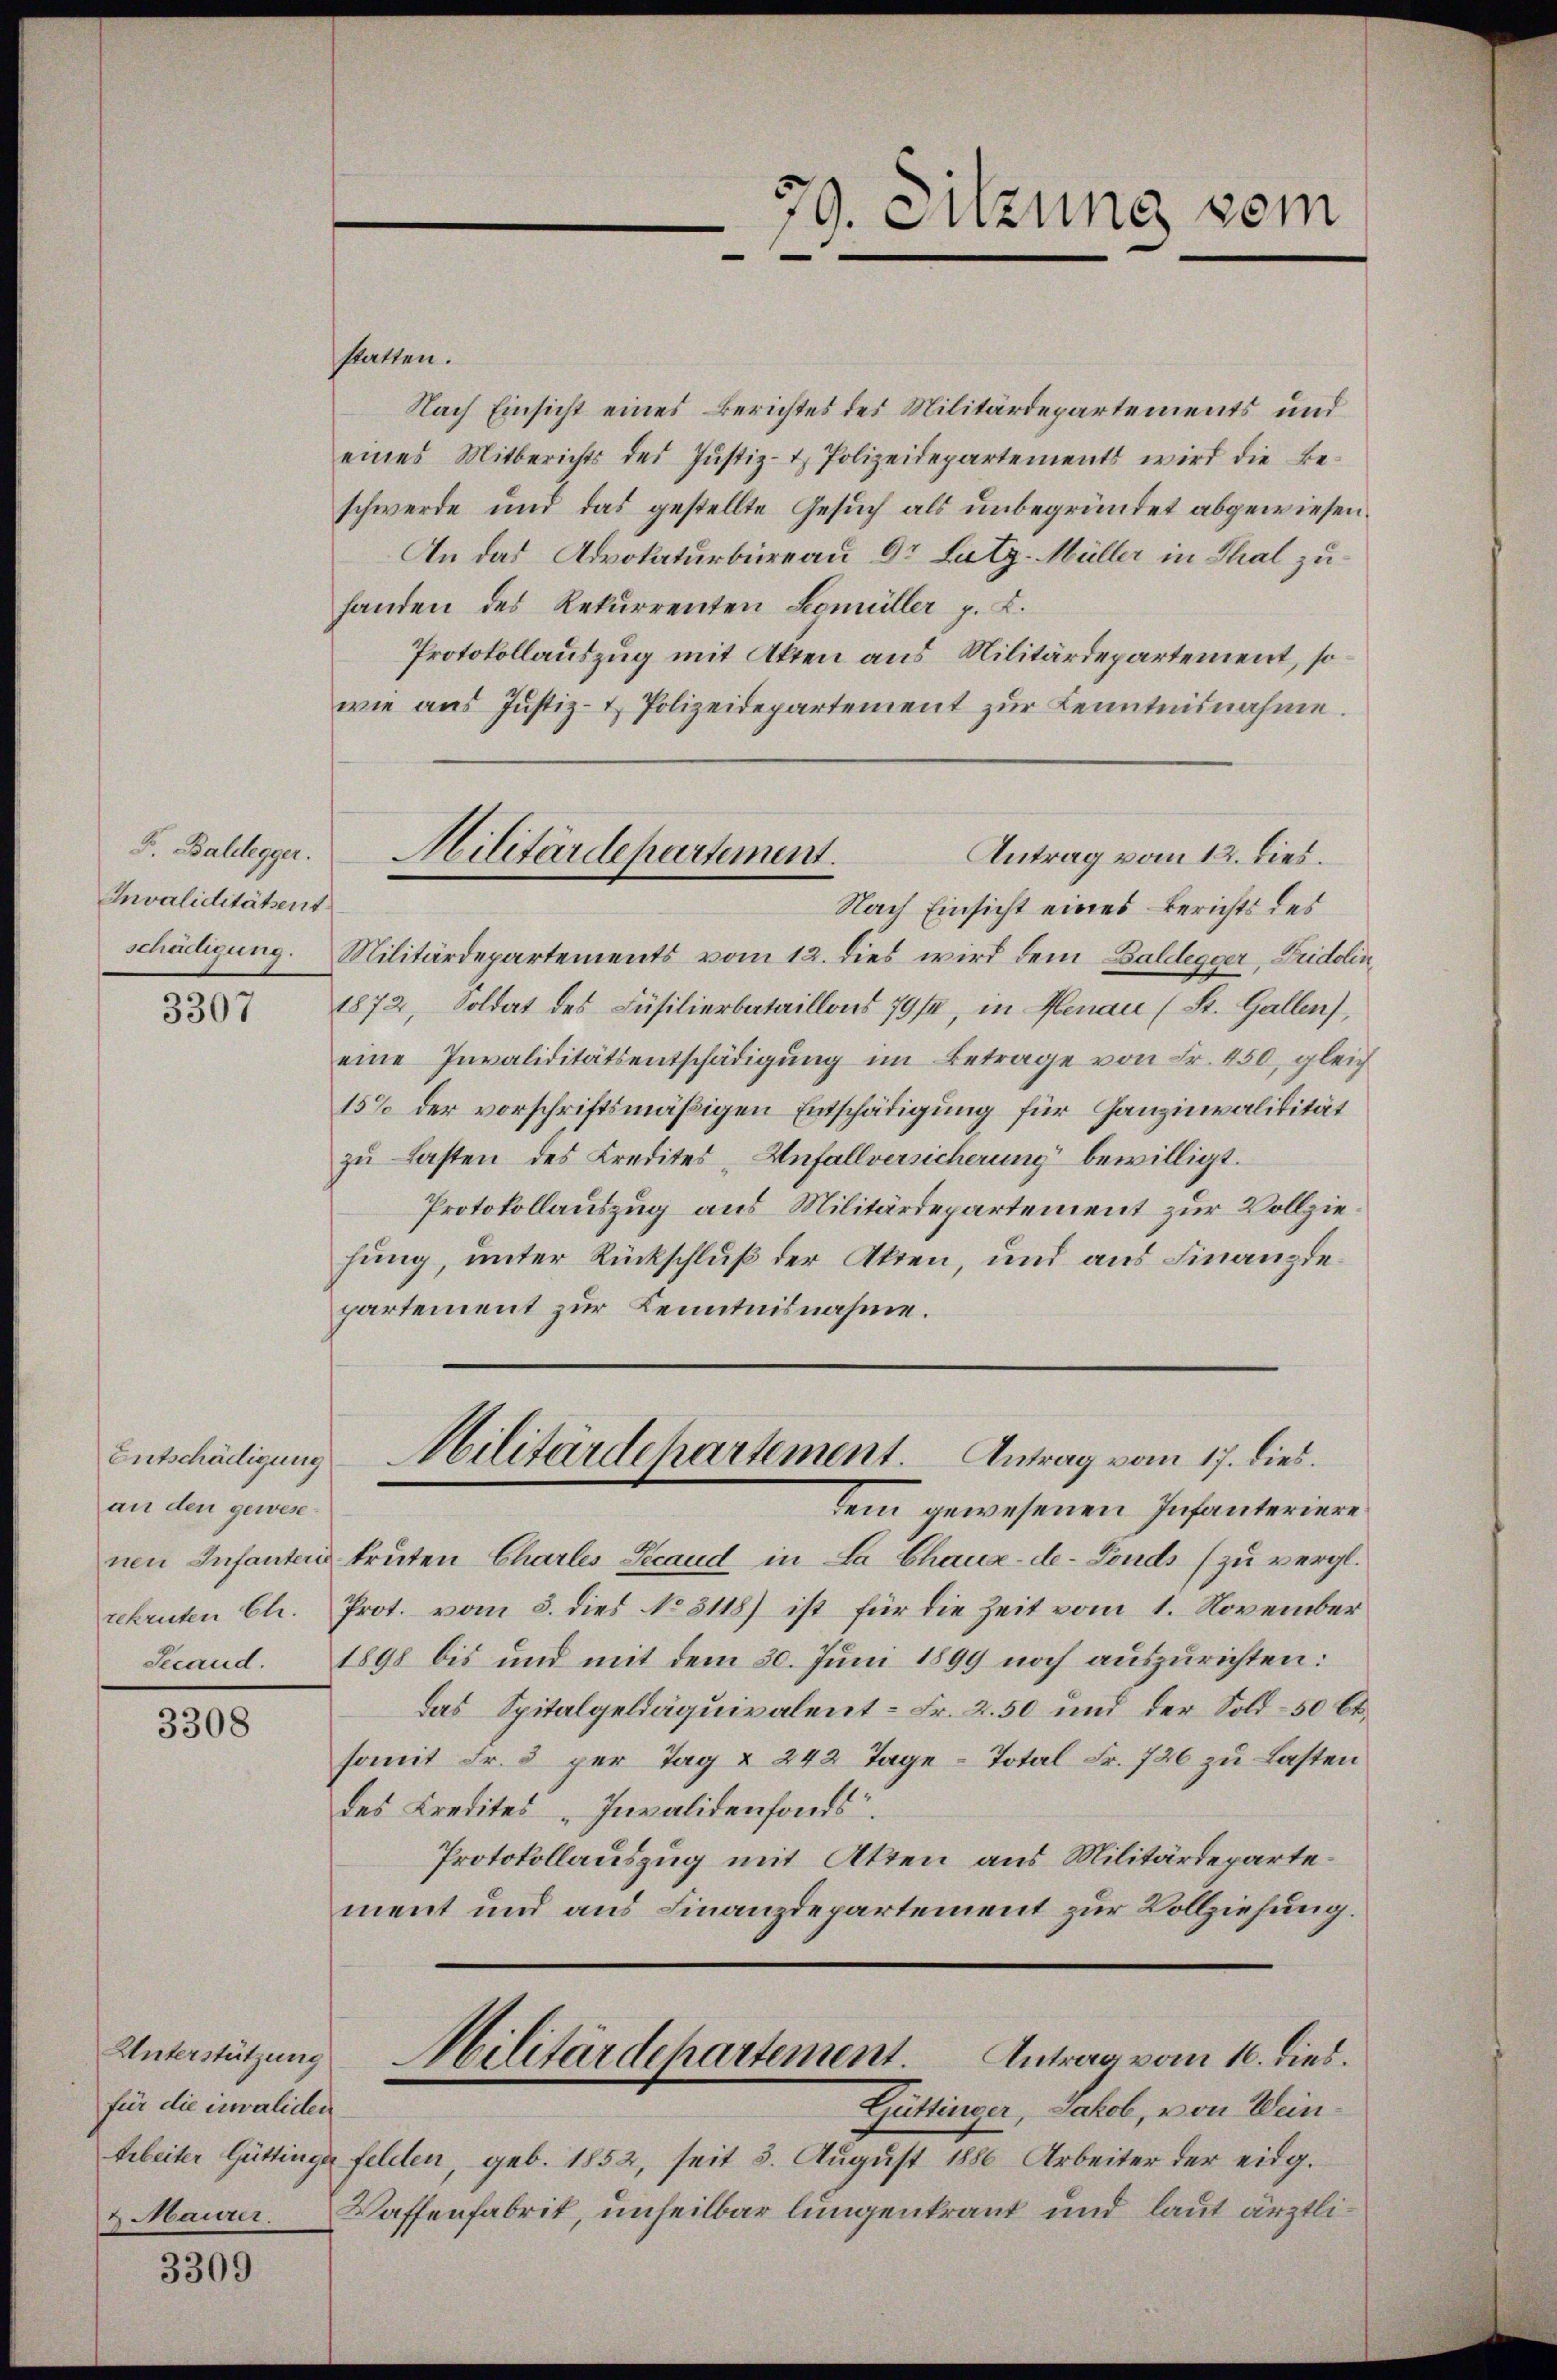
F. Baldegger.
Invaliditätent
schädigung.

3307

an den gewese
rekruten Ehr.
Secaud.

3308

für die invaliden

3309

79. Sitzung vom
x

statten.
Nach Einsicht eines Berichtes des Militärdepartements und
eines Mitberichts des Jŭstiz- & Polizeidepartements wird die Be-
schwerde und das gestellte Gesuch als unbegründet abgewiesen.
An das Advokaturbüreau Dr. Lutz-Müller in Thal zuhanden des Rekurrenten Segmüller p. L.
Protokollauszug mit Akten aus Militärdepartement, so
wie aus Justiz- & Polizeidepartement zŭr Kenntnisnahme.
Nach Einsicht eines Berichts des
Militärdepartements vom 12. dies wird dem Baldegger, Fridolin
1872, Soldat des Füsilierbataillons 79/4, in Menau (St. Gallen,
eine Invaliditätsentschädigŭng im Betrage von Fr. 450, gleich
15% der vorschriftsmäßigen Entschädigung für Ganzinvalidität
zu Lasten des Kredites „Unfallversicherung bewilligt.
Protokollauszug aus Militärdepartement zur Vollziehung, unter Rückschluß der Akten, und aus Finanzdepartement zur Kenntnisnahme.

Antrag vom 12. dies.
Militärdepartement.

Entschädigung Militärdehartement. Antrag vom 17. dies

dem gewesenen Infanteriere
nen Infanter kruten Chartes Secaud in La Chaux-de-Fonds (zu vergl.
Prot. vom 5. dies No 5118) ist für die Zeit vom 1. November
1898 bis und mit dem 30. Juni 1899 noch auszurichten:
das Spitalgeldäquivalent - Fr. 2.50 und der Sold- 50 Ct.
somit Fr. 5 per Tag & 242 Tage-Total Fr. 726 zu Lasten
des Kredites „Invalidenfonds
Protokollauszug mit Akten aus Militärdepartement und aus Finanzdepartement zur Vollziehung.
Unterstützung Militärdepartement. Antrag vom 10. dies.
Güttinger, Jakob, von Wein¬
Arbeiter Güttinge felden, geb. 1852, seit 5. August 1886 Arbeiter der eidg.
4 Maurer Waffenfabrik, unheilbar lungenkraut und laut ärztli¬